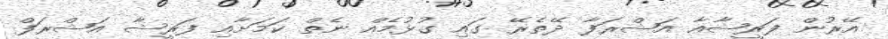
އޭރުން ފަރީޝާއާ އަޝްރަފާ ދޭތެރޭ ގައި ގުޅުމެއް ނެތް ކަމަށާއި ފަރީޝާ އަޝްރަފް